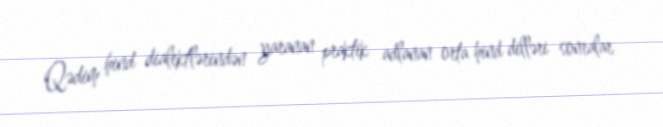
Qədim hind dialektlərindən yaranan praktik adlanan orta hind dilləri sonralar